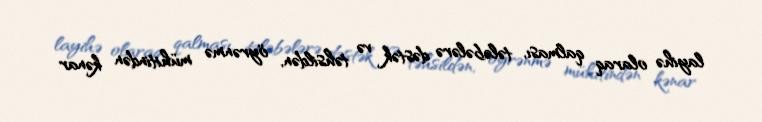
layihə olaraq qalması, tələbələrə dəstək və təhsildən, öyrənmə mühitindən kənar